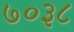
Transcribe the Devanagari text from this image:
७०३८